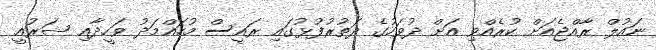
ނައުލް ރާއްޖެއަށް ކުރެއްވި އަށް ދުވަހުގެ ދަތުރުފުޅުގައި ރައީސް މުހައްމަދު ވަހީދާއި ޝަރުއީ